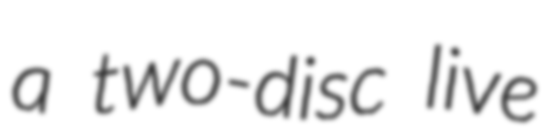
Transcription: a two-disc live